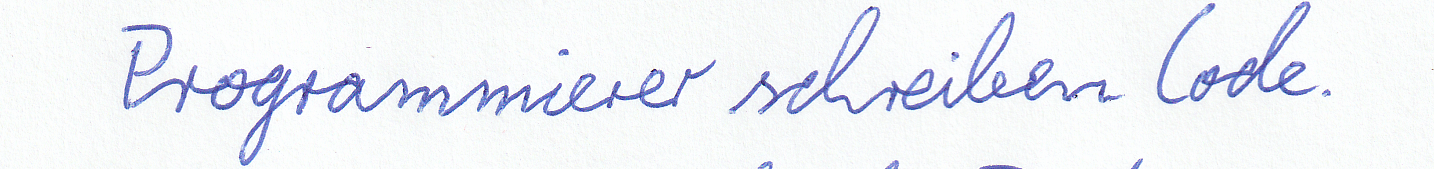
Programmierer schreiben Code.